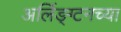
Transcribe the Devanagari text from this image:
अर्लिङ्ग्टनच्या